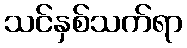
သင်နှစ်သက်ရာ